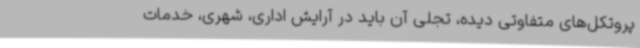
پروتکل‌های متفاوتی دیده، تجلی آن باید در آرایش اداری، شهری، خدمات